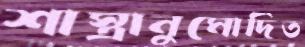
শাস্ত্রানুমোদিত